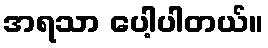
အရသာ ပေါ့ပါတယ်။